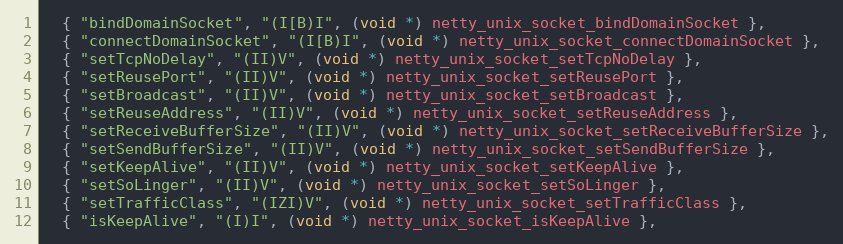
Language: C
  { "bindDomainSocket", "(I[B)I", (void *) netty_unix_socket_bindDomainSocket },
  { "connectDomainSocket", "(I[B)I", (void *) netty_unix_socket_connectDomainSocket },
  { "setTcpNoDelay", "(II)V", (void *) netty_unix_socket_setTcpNoDelay },
  { "setReusePort", "(II)V", (void *) netty_unix_socket_setReusePort },
  { "setBroadcast", "(II)V", (void *) netty_unix_socket_setBroadcast },
  { "setReuseAddress", "(II)V", (void *) netty_unix_socket_setReuseAddress },
  { "setReceiveBufferSize", "(II)V", (void *) netty_unix_socket_setReceiveBufferSize },
  { "setSendBufferSize", "(II)V", (void *) netty_unix_socket_setSendBufferSize },
  { "setKeepAlive", "(II)V", (void *) netty_unix_socket_setKeepAlive },
  { "setSoLinger", "(II)V", (void *) netty_unix_socket_setSoLinger },
  { "setTrafficClass", "(IZI)V", (void *) netty_unix_socket_setTrafficClass },
  { "isKeepAlive", "(I)I", (void *) netty_unix_socket_isKeepAlive },